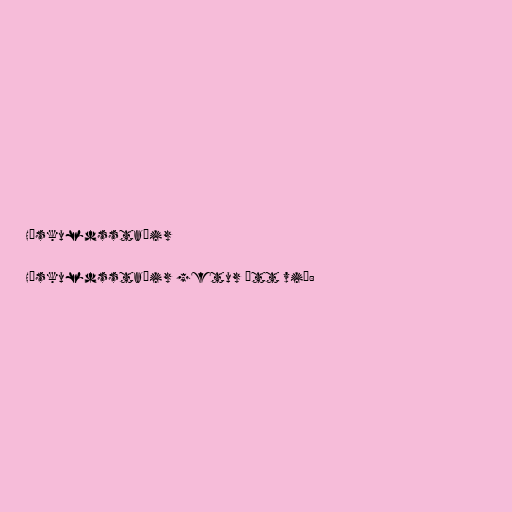
Höskuldsstaðir

Höskuldsstaðir getur átt við: